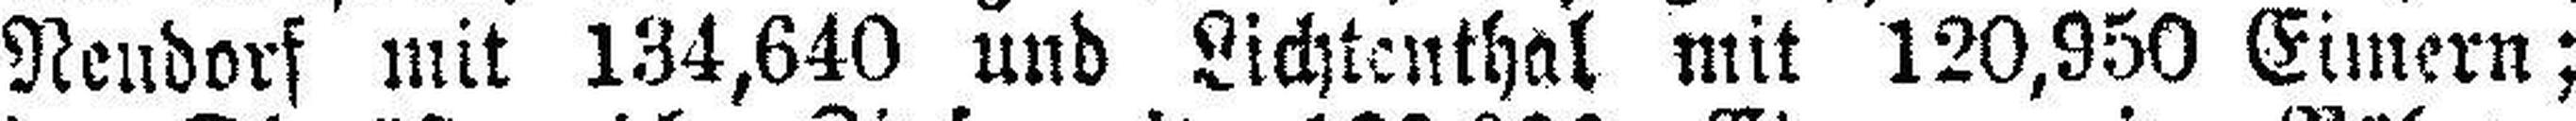
Neudorf mit 134,640 und Lichtenthal mit 120,950 Eimern;